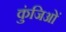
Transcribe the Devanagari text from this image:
कुंजिओं